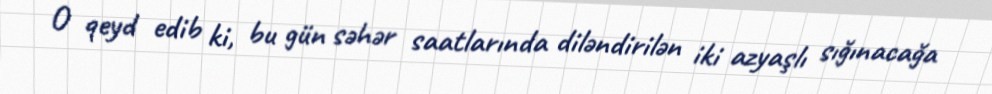
O qeyd edib ki, bu gün səhər saatlarında diləndirilən iki azyaşlı sığınacağa